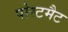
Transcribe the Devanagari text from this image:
पोस्टमैट